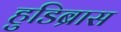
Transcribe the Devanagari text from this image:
हुडिब्रास